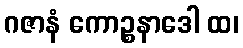
ဂဇာနံ ကောဉ္စနာဒေါ ထ၊